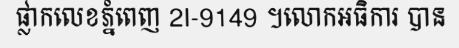
ផ្លាកលេខភ្នំពេញ 2I-9149 ។លោកអធិការ បាន